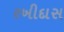
રખીદાસ